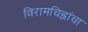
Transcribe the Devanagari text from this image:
विरामचिह्नांचा